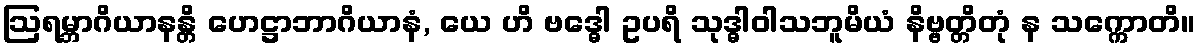
ဩရမ္ဘာဂိယာနန္တိ ဟေဋ္ဌာဘာဂိယာနံ, ယေ ဟိ ဗဒ္ဓေါ ဥပရိ သုဒ္ဓါဝါသဘူမိယံ နိဗ္ဗတ္တိတုံ န သက္ကောတိ။